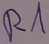
Text: R1